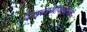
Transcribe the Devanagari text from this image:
देशवासीयांसाठी